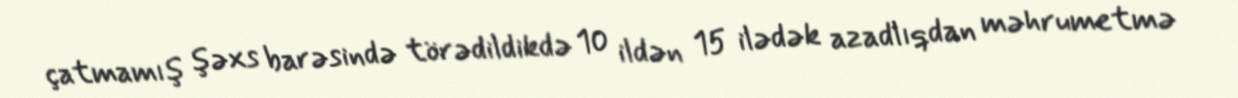
çatmamış şəxs barəsində törədildikdə 10 ildən 15 ilədək azadlıqdan məhrumetmə